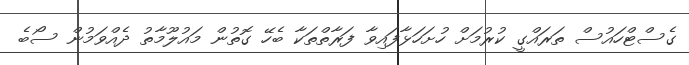
ގެސްޓްހައުސް ތަރައްގީ ކުރުމަށް ހުށަހަޅާފައިވާ ފަރާތްތަކާ ބެހޭ ގޮތުން މައުލޫމާތު ދެއްވަމުން ސޯބެ